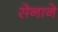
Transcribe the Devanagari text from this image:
सेनाने